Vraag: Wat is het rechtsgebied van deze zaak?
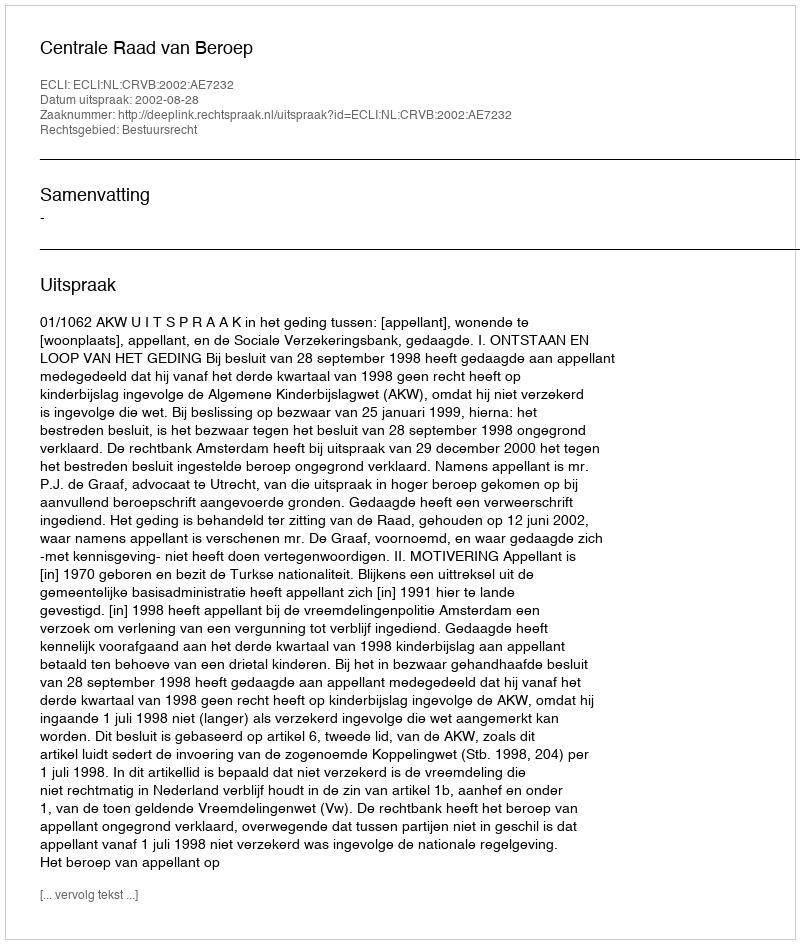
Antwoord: Bestuursrecht